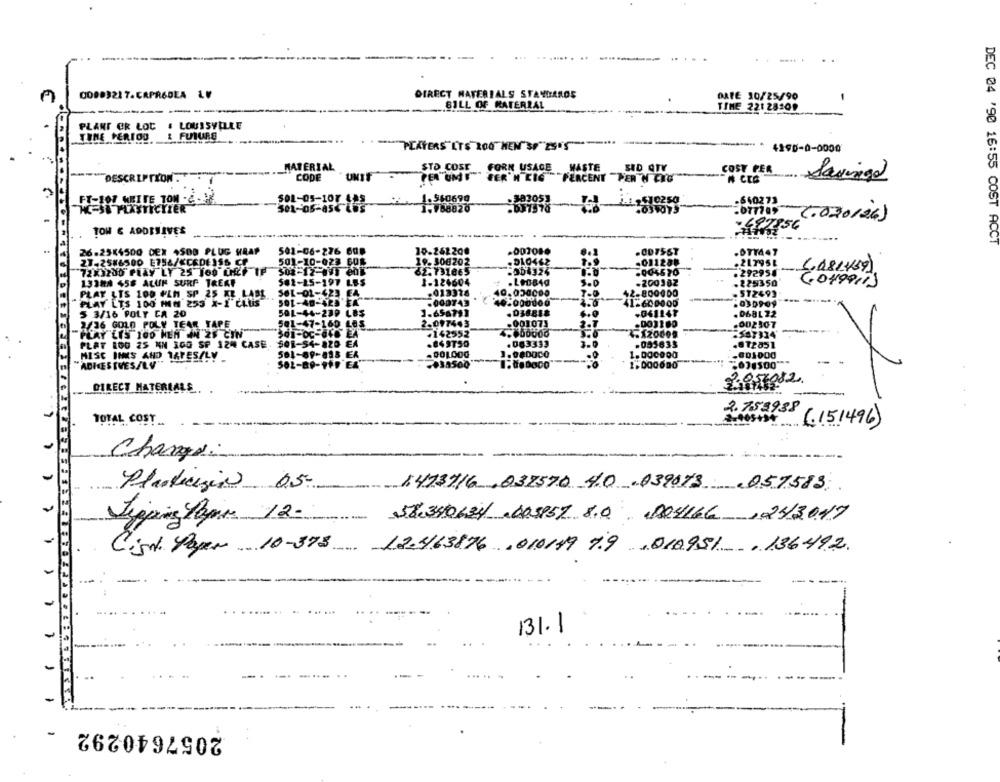
-------
00003217.CAPR6DEA LV
DIRECT MATERIALS STANDARDS
DATE 10/25/90
BILL OF MATERIAL
TIME 22128101
PLANT OR LOC
& LOUISVILLE
TIME PERIOD
& FUTURE
-
PLAYERS"LTS 200 HEN"SP 25.5 *****
4290-0-0000
MATERIAL
STO COSE FORN USAGE WASTE
SID QTY
COST PER
DESCRIPTION .
CODE
PER UMIF FER'N CIG PERCENT PERTH ENG
Savingd
FT-107 MBITE TON .C
SOL-05-10
1.560690
.383053
1-1,510250
.660273
HE-S& PLASTICIZER
501-05-
1.788820
-077789
(.030126)
+ 497856
TOW € ADDITIVES
DEC 04 '90 16:55 COST ACCT
26-2544500 DEX 4500 PLUG HRAP
501-06-276 608
10.262200
007080
27-2586500 E758/<CEDEISS CP
501-10-023 60E
29-306202
-011288
72X3200 PLAY LY 25 J60 LHEF 1
62.731865
.005670
. 292958
5,081459)
1338A 458 ALUF SURF TREAT
1-124604
.225350
581-15-197 LES
.200382
(049911)
PLAY LTS 100 PLN SP 25 XE LABL
SOL-0
-913328
. 512493
PLAY LTS 100 IN 253 X-1 CLUS
-000743
.030909
5 3/16 POLY CA 20
LBS
1.65679]
.068L 22
2/36 GOLD POLY TEAR TAPE
-097
.003180
.002307
"PLAY 'LYS 100 HEN IN 25 CIN"
45120609
PLAT 1OG 25 NN IGG SP 124 CASE.
-095833
.672851
MISC DIMS AND TAPES/LV
1.000000
.001000
ADHESIVESALV"
SOL-B
1.000600
DIRECT MATERIALS. .
2. 753938
TOTAL COST_
(151496)
Change:
Plasticizin 05
1473716 ,032570 40 039073 ,057583;
Tipping Papir 12-
58340634 ,605957 8.0 004166,243017
Cisch Paper .. 10-398
12.463876 ,010119 79 ,010951 , 136492
131.1
2057640292